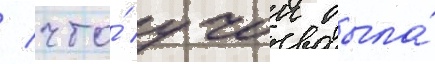
/ что́ учок была́